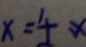
x = 4 x